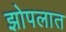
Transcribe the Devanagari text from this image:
झोपलात